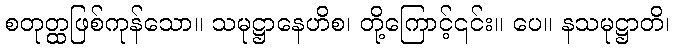
စတုတ္ထဖြစ်ကုန်သော။ သမုဋ္ဌာနေဟိစ၊ တို့ကြောင့်၎င်း။ ပေ။ နသမုဋ္ဌာတိ၊